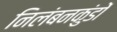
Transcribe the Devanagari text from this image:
निलंबनकुंडों